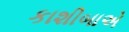
કાશીબાએ